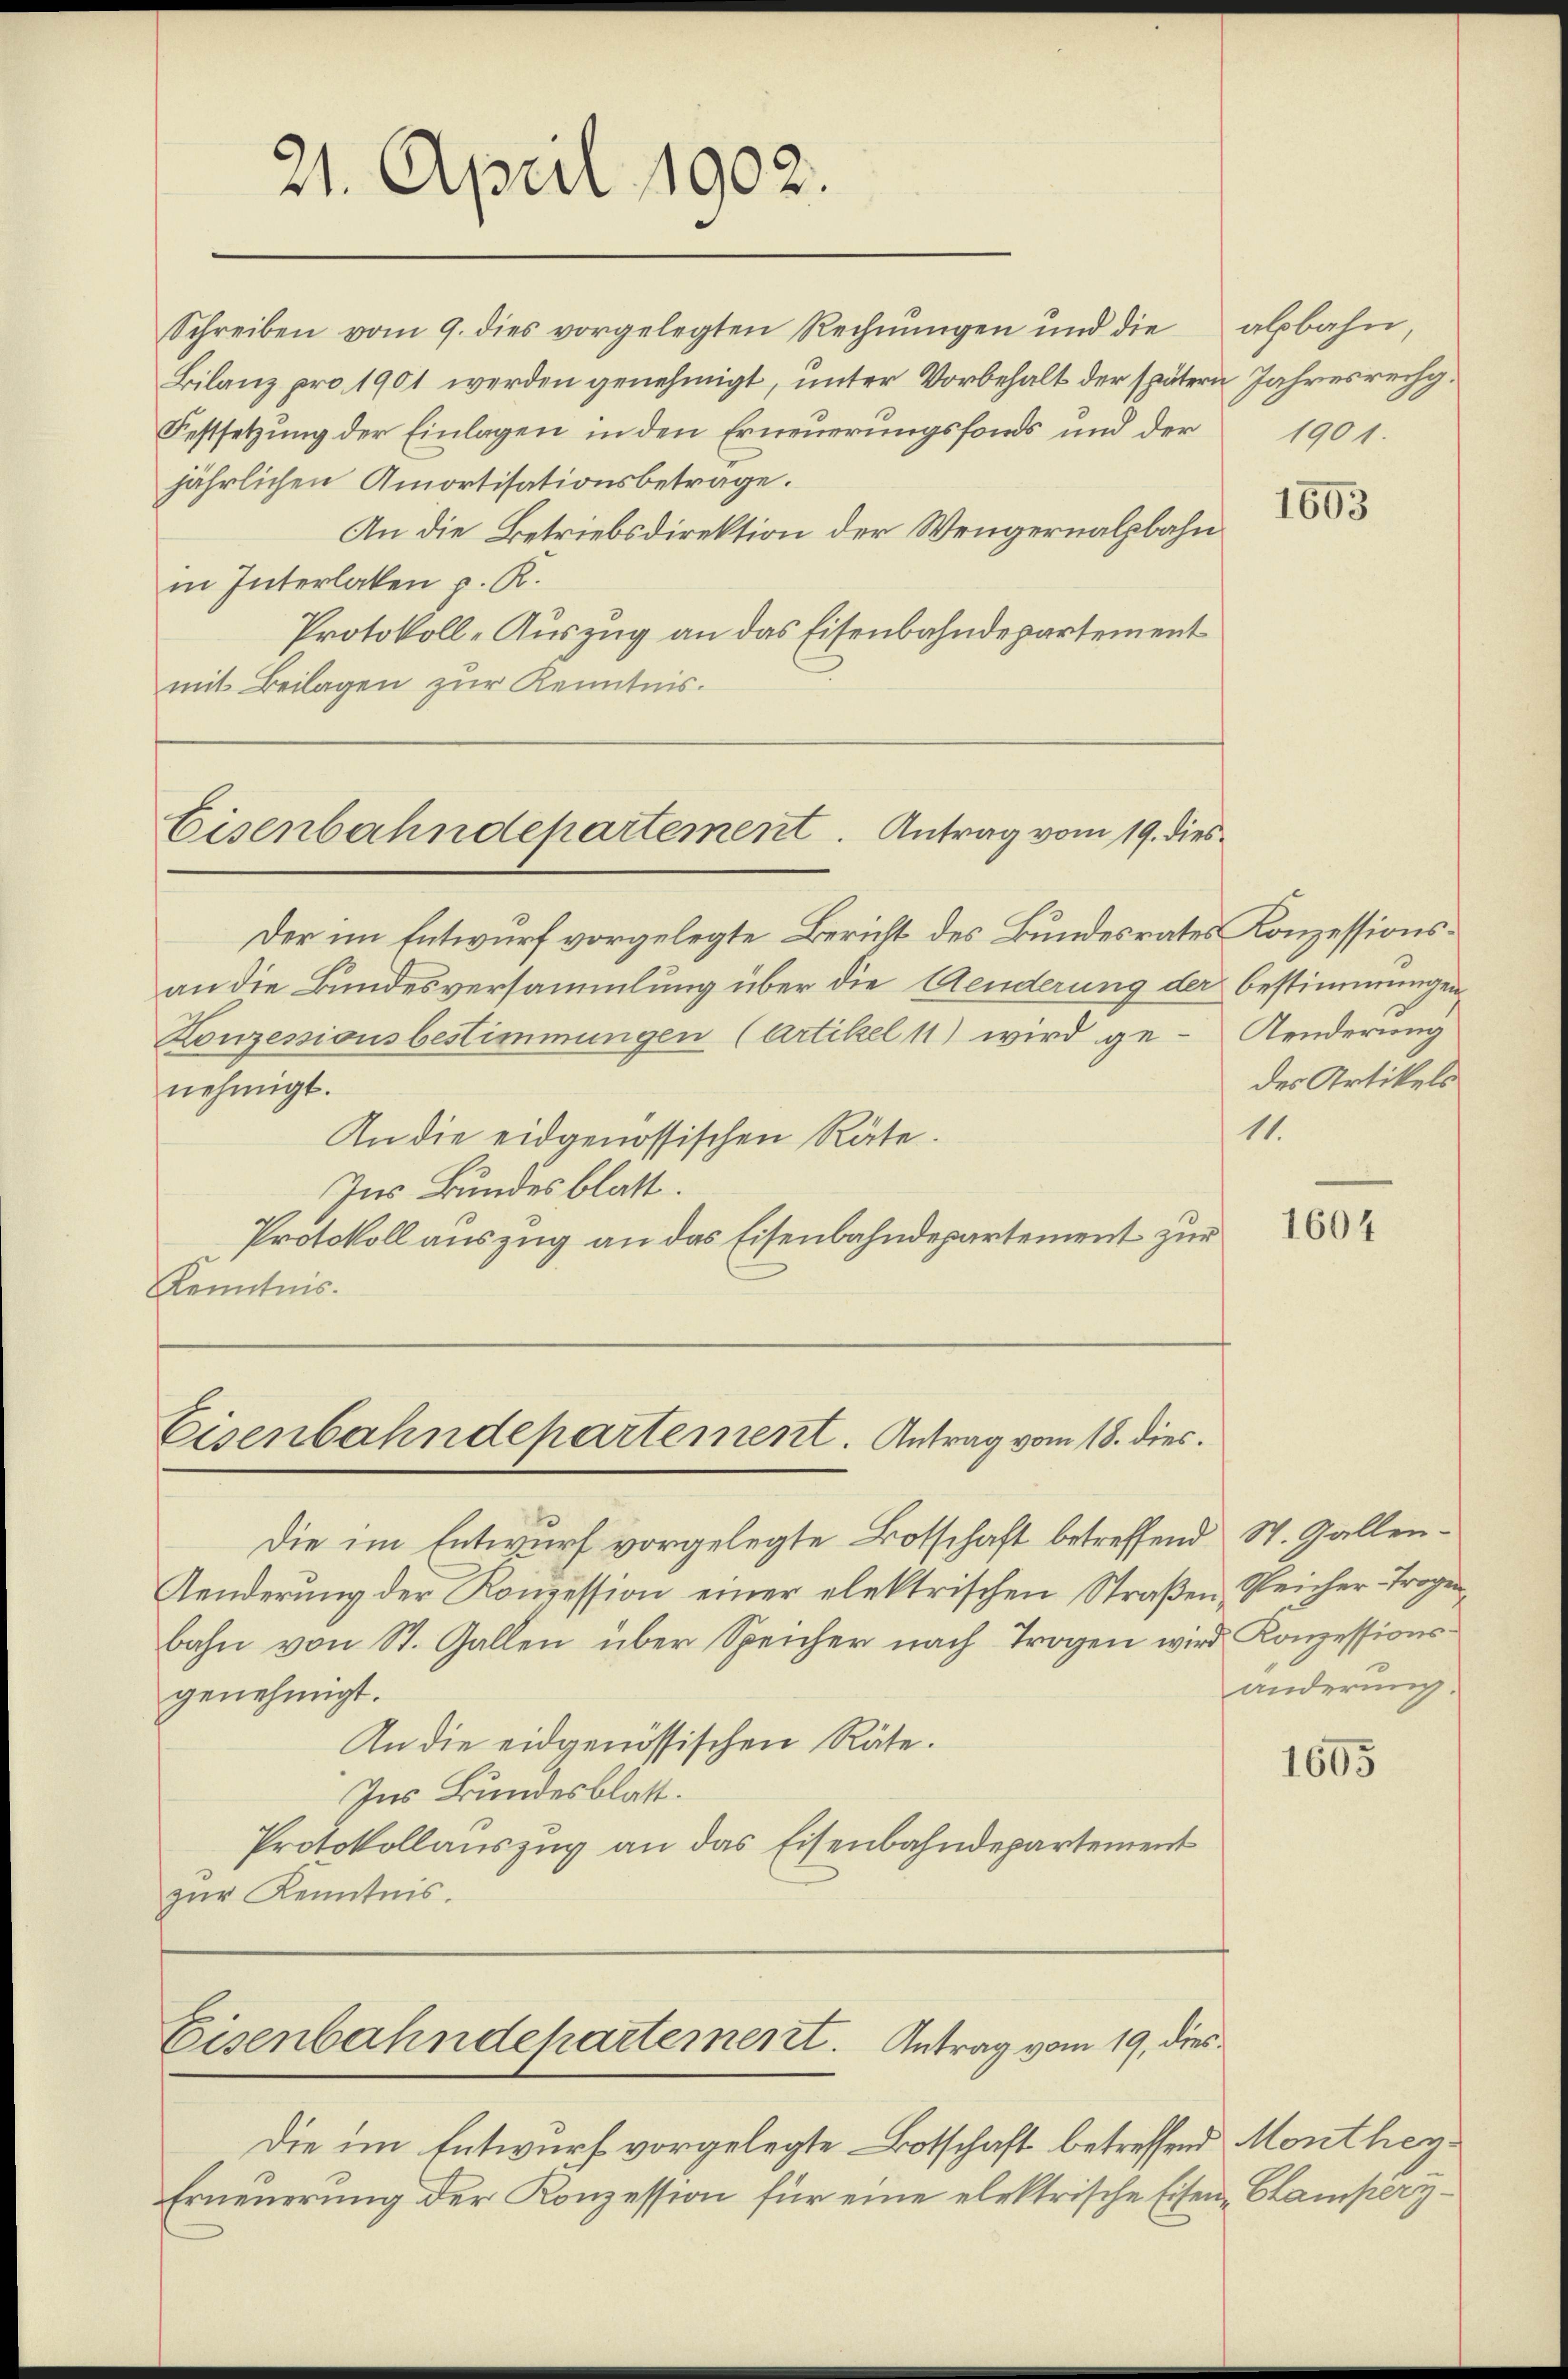
21. April 1902.

Eisenbahndepartement. Antrag vom 19. dies

Eisenbahndepartement. Antrag vom 18. dies

Schreiben vom 9. dies vorgelegten Rechnŭngen und die
Bilanz pro 1901 werden genehmigt, unter Vorbehalt der spätern Jahresrechg.
Festsetzung der Einlagen in den Erneuerungsfonds und der 1901.
jährlichen Amortisationsbetrage.
An die Betriebsdirektion der Wengernalbahn
in Interlaken p. K.
Protokoll-Auszug an das Eisenbahndepartement
mit Beilagen zur Kenntnis.

Der im Entwurf vorgelegte Bericht des Bundesrates Konzessionsan die Bundesversammlung über die Aenderung der bestimmungen
Konzessionsbestimmungen (Artikel 11) wird ge-Aenderung
nehmigt.
An die eidgenössischen Räte.
Ins Bundesblatt.
Protokoll auszug an das Eisenbahndepartement zur
Kenntnis.

Die im Entwurf vorgelegte Botschaft betreffend St. Gallen¬
Aenderŭng der Koṁission einer elektrischen Straßen Reicher-Trogen
bahn von St. Gallen über Speicher nach Trogen wird. Konzessionsgenehmigt.
An die eidgenössischen Räte.
Ins Bundesblatt.
Protokollauszug an das Eisenbahndepartement
zur Kenntnis.

Die im Entwurf vorgelegte Botschaft betreffend Monthey¬
Erneuerung der Konzession für eine elektrische Eisen Campery¬

Eisenbahndepartement. Antrag vom 19. dies

albahn,

1853

des Artikels

11.

1604

änderung.

1605